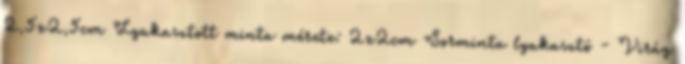
2,5x2,5cm Lyukasztott minta mérete: 2x2cm Sorminta lyukasztó - Virág